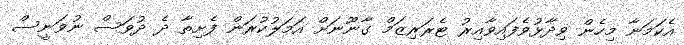
އެކަމަނާ މިހެން ވިދާޅުވެފައިވާއިރު ޓެރަރިޒަމް ގާނޫނަށް އަމަލުކުރަން ފެށިތާ ދެ ދުވަސް ނުވަނީސް